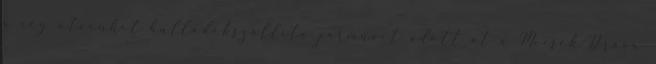
a cég ötvenhét hulladékszállító jármûvet adott át a Mecsek-Dráva